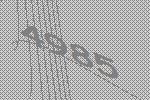
4985